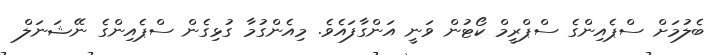
ބެލުމަށް ސްޕެއިންގެ ސްޕްރީމް ކޯޓުން ވަނީ އަންގާފައެވެ. މިއެންގުމާ ގުޅިގެން ސްޕެއިންގެ ނޭޝަނަލް